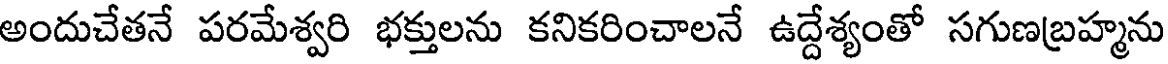
అందుచేతనే పరమేశ్వరి భక్తులను కనికరించాలనే ఉద్దేశ్యంతో సగుణబ్రహ్మను